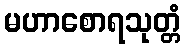
မဟာစောရသုတ္တံ